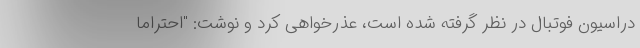
دراسیون فوتبال در نظر گرفته شده است، عذرخواهی کرد و نوشت: "احتراما